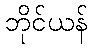
ဘိုင်ယန်